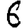
Digit: 6